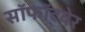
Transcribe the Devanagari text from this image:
सॉफॉ्टवेर